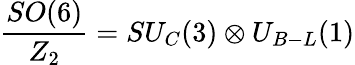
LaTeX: \frac{SO(6)}{Z_{2}}=SU_{C}(3)\otimes U_{B-L}(1)